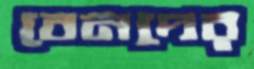
বেনদের